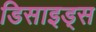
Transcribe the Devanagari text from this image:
डिसाइड्स